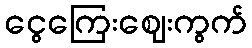
ငွေကြေးဈေးကွက်